Voisiku_vallavalitsus, lk 14
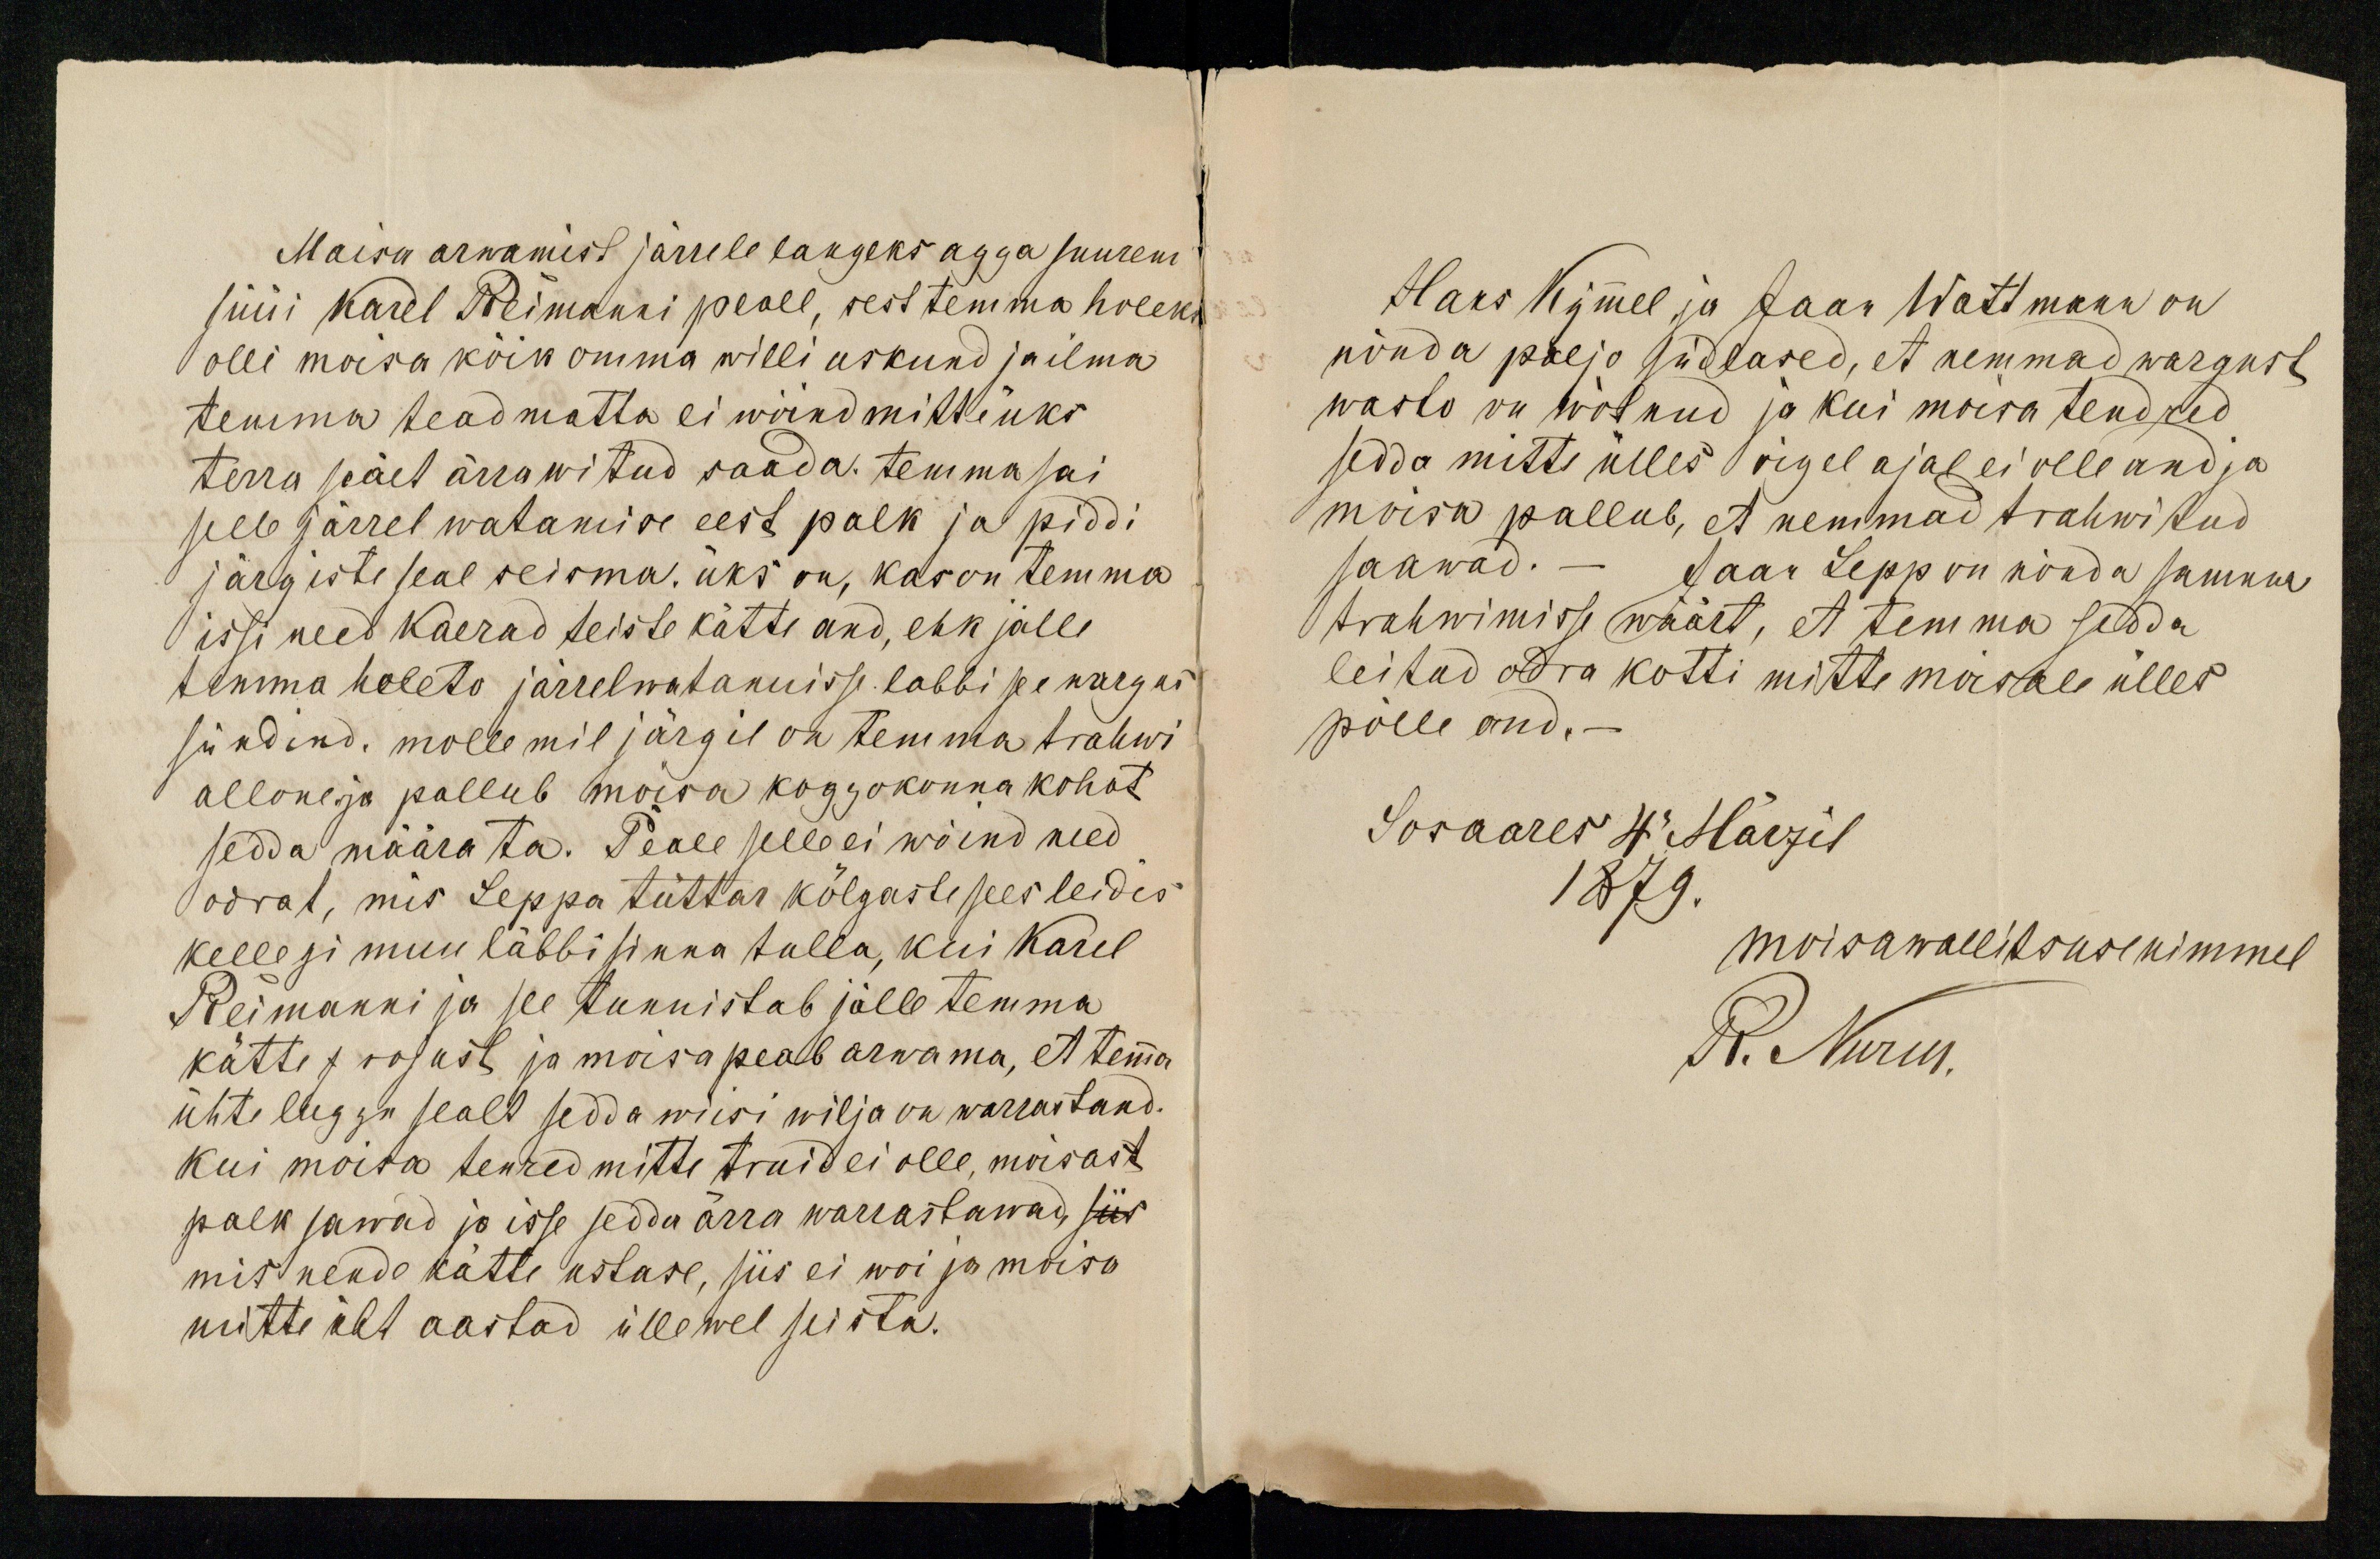
Moisu arwamist järrele langeks agga suurem
süüi Karel Reimanni peale, sest temma holeks
olli moisa köik omma willi uskund ja ilma
temma teadmatta ei wöind mitte üks
terra seält ärra witud saada. Temma sai
selle järrel watamise eest palk ja piddi
järgiste seal seisma, üks on, kas on temma
issi need kaerad teiste kätte and, ehk jälle
temma holeto järrelwatamisse labbi see wargus
sündind. mollemil järgil on temma trahwi
allone ja pallub möisa koggokonna kohot
sedda määrata. Peale selle ei wöind need
odrat, mis Leppa tüttar kölgaste sees leidis
kellegi muu läbbi sinna tulla, kui Karel
Reimanni ja see tunnistab jälle temma
kätte rojust ja moisa peab arwama, et tema
ühte luggu sealt sedda wiisi wilja on warrastand.
Kui moisa tenred mitte truid ei olle, moisast
palk sawad ja isse sedda ärra warrastawad, siis
mis nende kätte ustase, siis ei wõi jo moisa
mitte üht aastad üllewel seista.

Hans Kymmel ja Jaan Wattmann on
nönda paljo südlased, et nemmad wargust
wasto on wõtnud ja kui moisa tendred
sedda mitte ülles oigel ajal ei olle and ja
moisa pallub, et nemmad trahwitud
saawad. - Jaan Lepp on nõnda samma
trahwimisse wäärt, et temma sedda
leitud odra kotti mitte moisale ülles
põlle and.-
Sosaares 4. Märzil
1879.
moisawallitsuse nimmel
R. Nurm